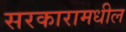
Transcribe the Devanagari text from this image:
सरकारामधील